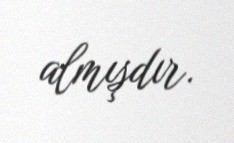
almışdır.